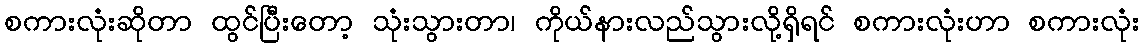
စကားလုံးဆိုတာ ထွင်ပြီးတော့ သုံးသွားတာ၊ ကိုယ်နားလည်သွားလု့ိရှိရင် စကားလုံးဟာ စကားလုံး